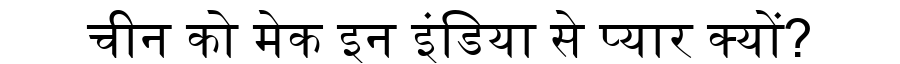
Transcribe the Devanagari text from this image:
चीन को मेक इन इंडिया से प्यार क्यों?